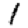
Digit: 1